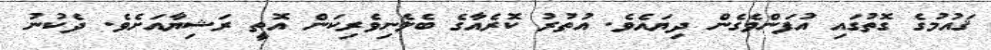
ޤައުމުގެ ގޮތުގައި އުފަންވެގެން ދިޔައެވެ. އުތުރު ކޮރެއާގެ ބެލެނިވެރިކަން އޮތީ ރަޝިޔާއަށެވެ. ދެކުނު